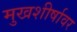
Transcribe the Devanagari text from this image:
मुखशीर्षावर